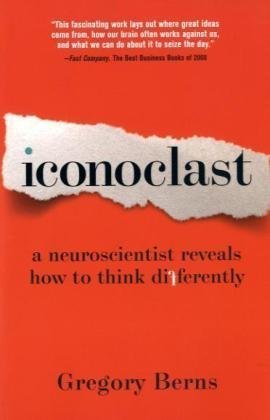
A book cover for Iconoclast: A Neuroscientist Reveals How to Think Differently; Gregory Berns Ph.D.; Medical Books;